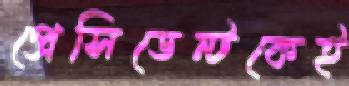
প্রেসিডেন্টকেই